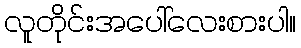
လူတိုင်းအပေါ်လေးစားပါ။